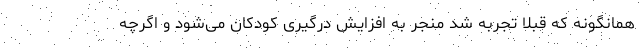
همانگونه که قبلا تجربه شد منجر به افزایش درگیری کودکان می‌شود و اگرچه